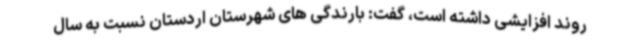
روند افزایشی داشته است، گفت: بارندگی های شهرستان اردستان نسبت به سال